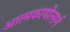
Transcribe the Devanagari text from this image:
आत्मकायोत्सर्ग